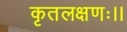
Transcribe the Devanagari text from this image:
कृतलक्षणः।।